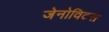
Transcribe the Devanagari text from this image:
जेनोविटस